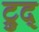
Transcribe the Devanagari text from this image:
ट्रुद्